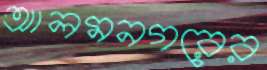
আলমনগরের